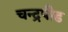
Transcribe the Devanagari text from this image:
चन्द्रपीड